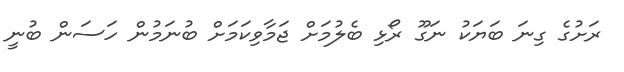
ރަށުގެ ގިނަ ބަޔަކު ނަގޫ ރޯޅި ބެލުމަށް ޖަމާވިކަމަށް ބުނަމުން ހަސަން ބުނީ